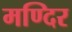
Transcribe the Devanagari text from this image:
मण्दिर